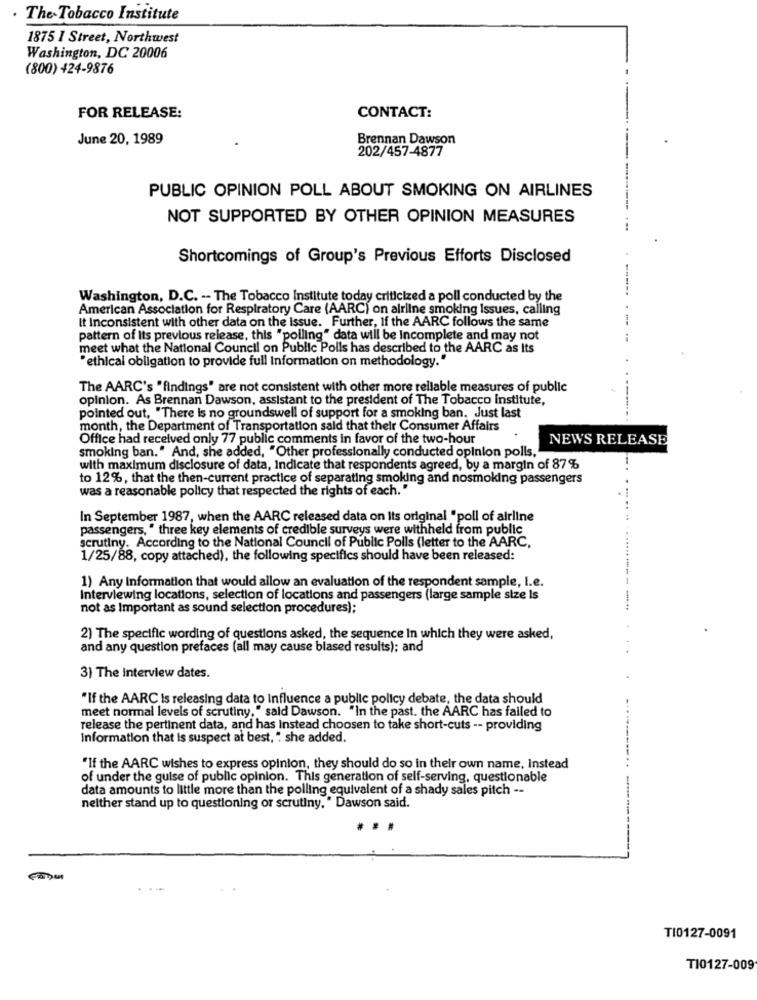
The Tobacco Institute
1875 1 Street, Northwest
Washington, DC 20006
(800) 424-9876
FOR RELEASE:
CONTACT:
June 20, 1989
Brennan Dawson
202/457-4877
PUBLIC OPINION POLL ABOUT SMOKING ON AIRLINES
NOT SUPPORTED BY OTHER OPINION MEASURES
Shortcomings of Group's Previous Efforts Disclosed
Washington, D.C. -- The Tobacco Institute today criticized a poll conducted by the
American Association for Respiratory Care (AARC) on airline smoking issues, calling
It Inconsistent with other data on the Issue. Further, If the AARC follows the same
pattern of Its previous release, this "polling" data will be Incomplete and may not
meet what the National Council on Public Polls has described to the AARC as Its
"ethical obligation to provide full Information on methodology."
The AARC's " findings" are not consistent with other more reliable measures of public
opinion. As Brennan Dawson, assistant to the president of The Tobacco institute,
pointed out, "There Is no groundswell of support for a smoking ban. Just last
month, the Department of Transportation sald that their Consumer Affairs
Office had received only 77 public comments in favor of the two-hour
NEWS RELEASE
smoking ban." And, she added, "Other professionally conducted opinion polls,"
with maximum disclosure of data, Indicate that respondents agreed, by a margin of 87%
to 12%, that the then-current practice of separating smoking and nosmoking passengers
was a reasonable policy that respected the rights of each."
In September 1987, when the AARC released data on Its original "poll of airline
passengers, " three key elements of credible surveys were withheld from public
scrutiny. According to the National Council of Public Polls (letter to the AARC,
1/25/88, copy attached), the following specifics should have been released:
1) Any Information that would allow an evaluation of the respondent sample, I.e.
Interviewing locations, selection of locations and passengers (large sample size is
not as Important as sound selection procedures);
2) The specific wording of questions asked, the sequence In which they were asked,
and any question prefaces (all may cause blased results); and
3) The Interview dates.
"If the AARC Is releasing data to Influence a public policy debate, the data should
meet normal levels of scrutiny, " said Dawson. "In the past. the AARC has failed to
release the pertinent data, and has Instead choosen to take short-cuts -- providing
Information that Is suspect at best, " she added.
"If the AARC wishes to express opinion, they should do so in their own name, Instead
of under the guise of public opinion. This generation of self-serving, questionable
data amounts to little more than the polling equivalent of a shady sales pitch --
neither stand up to questioning or scrutiny. " Dawson said.
TI0127-0091
TI0127-009